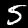
Digit: 5